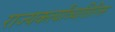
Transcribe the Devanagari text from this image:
राज्यकर्त्यांव्यतिरिक्त